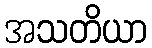
အသတိယာ